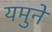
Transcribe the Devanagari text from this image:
यमुने